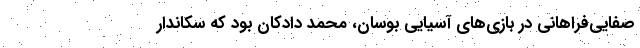
صفایی‌فراهانی در بازی‌های آسیایی بوسان، محمد دادکان بود که سکاندار